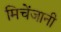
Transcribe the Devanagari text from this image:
मिचेंजानी